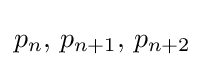
p_{n},\,p_{n+1},\,p_{n+2}